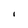
Character: l